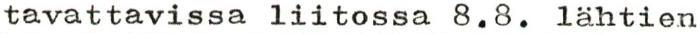
tavattavissa liitossa 8.8. lähtien